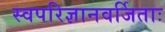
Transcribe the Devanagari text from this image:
स्वपरिज्ञानवर्जिताः